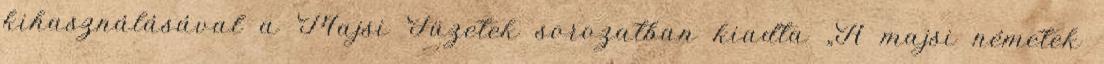
kihasználásával a Majsi Füzetek sorozatban kiadta „A majsi németek